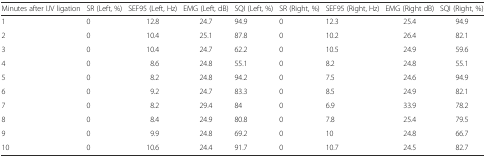
<table><thead><tr><td><b>Minutes after IJV ligation</b></td><td><b>SR (Left, %)</b></td><td><b>SEF95 (Left, Hz)</b></td><td><b>EMG (Left, dB)</b></td><td><b>SQI (Left, %)</b></td><td><b>SR (Right, %)</b></td><td><b>SEF95 (Right, Hz)</b></td><td><b>EMG (Right dB)</b></td><td><b>SQI (Right, %)</b></td></tr></thead><tbody><tr><td>1</td><td>0</td><td>12.8</td><td>24.7</td><td>94.9</td><td>0</td><td>12.3</td><td>25.4</td><td>94.9</td></tr><tr><td>2</td><td>0</td><td>10.4</td><td>25.1</td><td>87.8</td><td>0</td><td>10.2</td><td>26.4</td><td>82.1</td></tr><tr><td>3</td><td>0</td><td>10.4</td><td>24.7</td><td>62.2</td><td>0</td><td>10.5</td><td>24.9</td><td>59.6</td></tr><tr><td>4</td><td>0</td><td>8.6</td><td>24.8</td><td>55.1</td><td>0</td><td>8.2</td><td>24.8</td><td>55.1</td></tr><tr><td>5</td><td>0</td><td>8.2</td><td>24.8</td><td>94.2</td><td>0</td><td>7.5</td><td>24.6</td><td>94.9</td></tr><tr><td>6</td><td>0</td><td>9.2</td><td>24.7</td><td>83.3</td><td>0</td><td>8.5</td><td>24.9</td><td>82.1</td></tr><tr><td>7</td><td>0</td><td>8.2</td><td>29.4</td><td>84</td><td>0</td><td>6.9</td><td>33.9</td><td>78.2</td></tr><tr><td>8</td><td>0</td><td>8.4</td><td>24.9</td><td>80.8</td><td>0</td><td>7.8</td><td>25.4</td><td>79.5</td></tr><tr><td>9</td><td>0</td><td>9.9</td><td>24.8</td><td>69.2</td><td>0</td><td>10</td><td>24.8</td><td>66.7</td></tr><tr><td>10</td><td>0</td><td>10.6</td><td>24.4</td><td>91.7</td><td>0</td><td>10.7</td><td>24.5</td><td>82.7</td></tr></tbody></table>